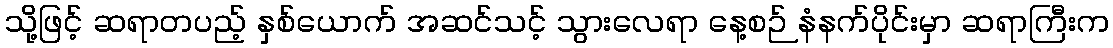
သို့ဖြင့် ဆရာတပည့် နှစ်ယောက် အဆင်သင့် သွားလေရာ နေ့စဉ် နံနက်ပိုင်းမှာ ဆရာကြီးက